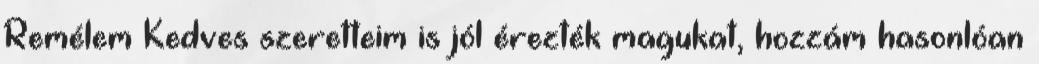
Remélem Kedves szeretteim is jól érezték magukat, hozzám hasonlóan